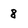
Character: 8